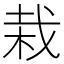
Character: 栽